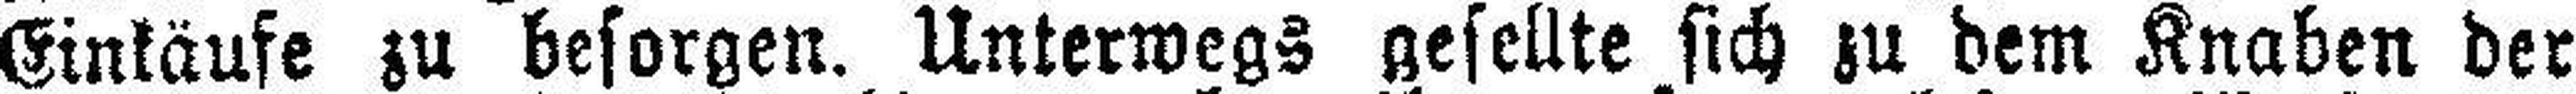
Einkäufe zu besorgen. Unterwegs gesellte sich zu dem Knaben der